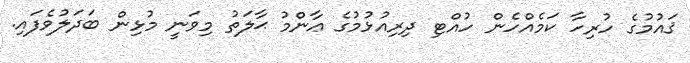
ޤައުމުގެ ހުރިހާ ކަމެއްހެން ހުއްޓި ދިރިއުޅުމުގެ ޢާންމު ޙާލަތު މިވަނީ މުޅިން ބަދަލުވެފައި.